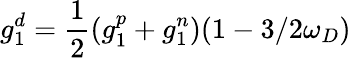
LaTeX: g_{1}^{d}={\frac{1}{2}}(g_{1}^{p}+g_{1}^{n})(1-3/2\omega_{D})